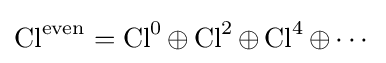
\operatorname {Cl} ^{\text{even}}=\operatorname {Cl} ^{0}\oplus \operatorname {Cl} ^{2}\oplus \operatorname {Cl} ^{4}\oplus \cdots